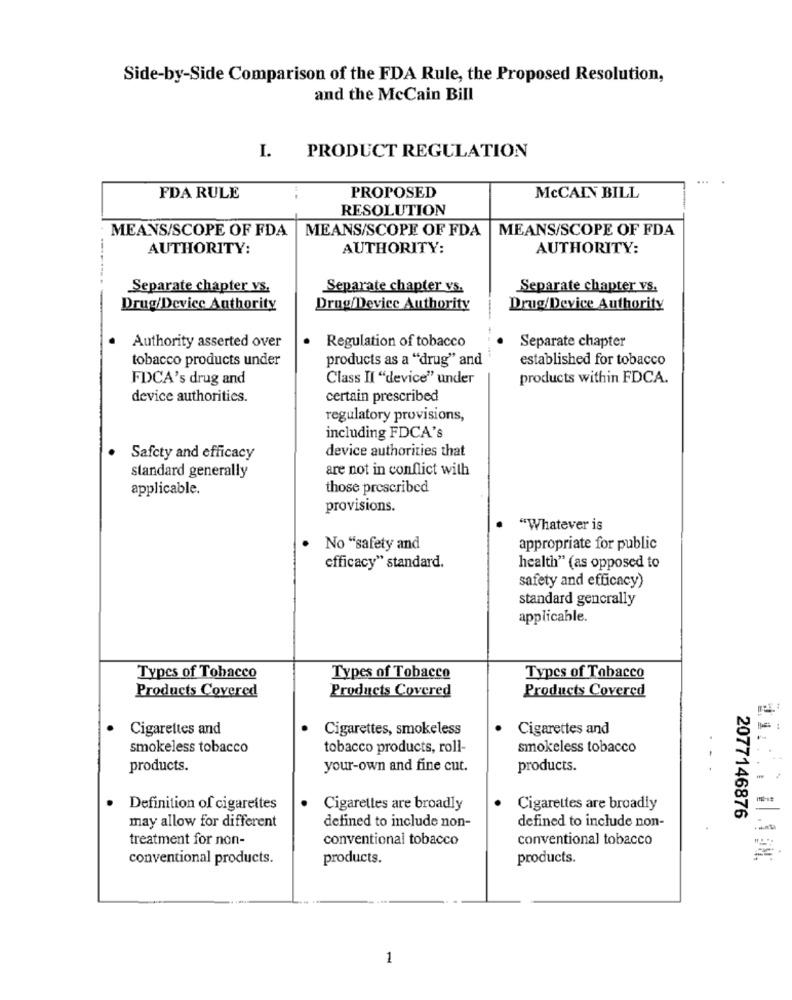
Side-by-Side Comparison of the FDA Rule, the Proposed Resolution,
and the McCain Bill
I.
PRODUCT REGULATION
FDA RULE
PROPOSED
MCCAIN BILL
RESOLUTION
MEANS/SCOPE OF FDA
MEANS/SCOPE OF FDA
MEANS/SCOPE OF FDA
AUTHORITY:
AUTHORITY:
AUTHORITY:
Separate chapter vs.
Separate chapter vs.
Separate chapter vs.
Drug/Device Authority
Drug/Device Authority
Drug/Device Authority
Regulation of tobacco
Separate chapter
Authority asserted over
tobacco products under
products as a "drug" and
-- -
established for tobacco
FDCA's drug and
Class Il "device" under
products within FDCA.
device authorities.
certain prescribed
regulatory provisions,
including FDCA's
device authorities that
Safety and efficacy
are not in conflict with
standard generally
applicable.
those prescribed
provisions.
"Whatever is
No "safety and
appropriate for public
efficacy" standard.
health" (as opposed to
safety and efficacy)
standard gencrally
applicable.
Types of Tohacco
Types of Tobacco
Types of Tobacco
Products Covered
Products Covered
Products Covered
Cigarettes and
Cigarettes, smokeless
Cigarettes and
smokeless tobacco
tobacco products, roll-
smokeless tobacco
. ..
products.
your-own and fine cut.
products.
Definition of cigarettes
Cigarettes are broadly
Cigarettes are broadly
may allow for different
defined to include non-
defined to include non-
2077146876
treatment for non-
conventional tobacco
conventional tobacco
conventional products.
products.
products.
1